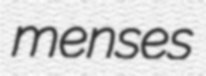
menses